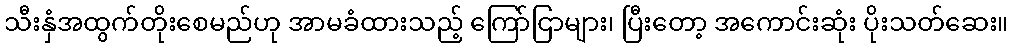
သီးနှံအထွက်တိုးစေမည်ဟု အာမခံထားသည့် ကြော်ငြာများ၊ ပြီးတော့ အကောင်းဆုံး ပိုးသတ်ဆေး။